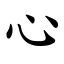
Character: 心